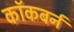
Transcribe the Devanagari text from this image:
काॅकबर्न